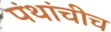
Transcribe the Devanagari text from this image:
पंथांचीच